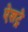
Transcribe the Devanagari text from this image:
ऐशट्रे